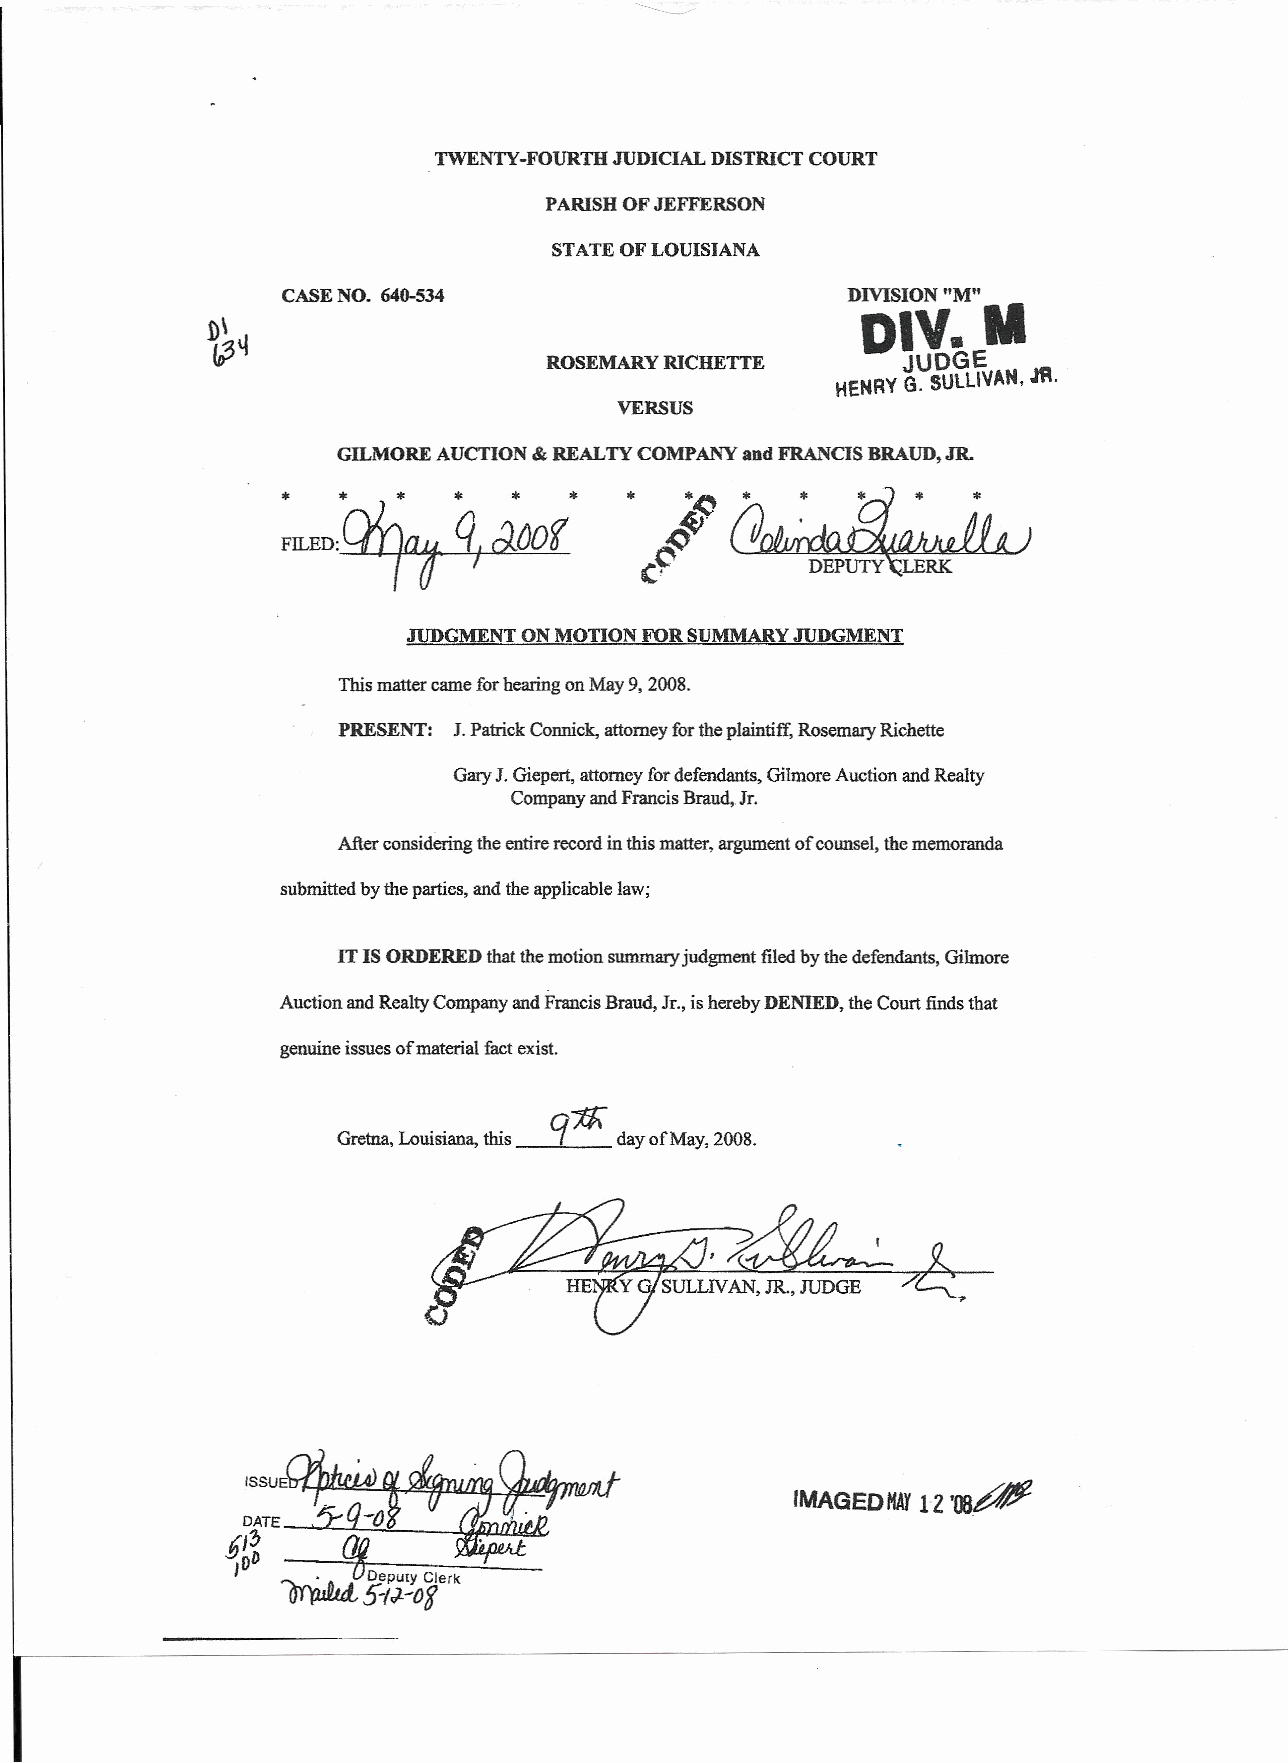
TWENTY-FOURTH JUDICIAL DISTRICT COURT
 PARISH OF JEFFERSON
 STATE OF LOUISIANA
 CASE NO. 640-534                     DMSION"M"
 DIV.    M
 ROSEMARY RlCHETTE       JUDGE
 .m.
 HENRYG. SULLIVAN,
 VERSUS
 GILMORE AUCTION &REALTY COMPANY and FRANCIS BRAUD. JR.
 • (J4.,~
 ~A.)
 ,~         DEPUTY LERK
 JUDGMENT ON MOTION FOR SUMMARY JUDGMENT
 This matter came for hearing on May 9, 2008.
 PRESENT: J. Patrick Connick, attorney for the plaintiff, Rosemary Richette
 Gary J. Giepert, attorney for defendants, Gilmore Auction and Realty
 Company and Francis Braud, Jr.
 After considering the entire record in this matter, argument of counsel, the memoranda
 submitted by the parties, and the applicable law;
 IT IS ORDERED thatthe motion summary judgment filed by the defendants, Gilmore
 Auction and Realty Company and Francis Braud, Jr., is hereby DENIED, the Court finds that
 genuine issues of material fact exist.
 q
 -;fJ;
 Gretna, Louisiana, this day of May, 2008.
 ::~~t~~
 IMAGEDHAY12 'OO.~
 §,?J    ~        .
 OD
 I  ~.II.~~D5ep-UIJIY.-ogClerk
 ijl